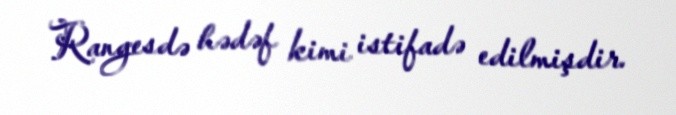
Rangesdə hədəf kimi istifadə edilmişdir.